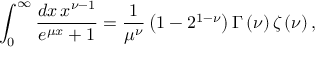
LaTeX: \int _ { 0 } ^ { \infty } \frac { d x \, x ^ { \nu - 1 } } { e ^ { \mu x } + 1 } = \frac { 1 } { \mu ^ { \nu } } \left( 1 - 2 ^ { 1 - \nu } \right) \Gamma \left( \nu \right) \zeta \left( \nu \right) ,